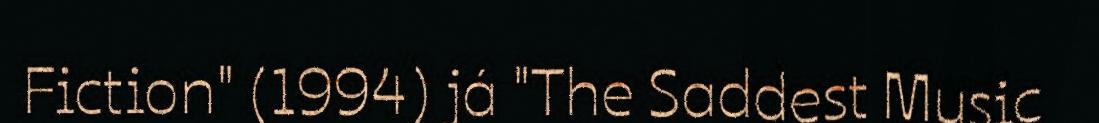
Fiction" (1994) já "The Saddest Music